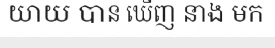
យាយ បាន ឃើញ នាង មក